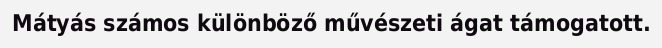
Mátyás számos különböző művészeti ágat támogatott.